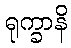
ရုက္ခာနိ